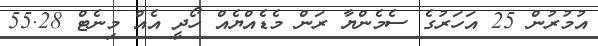
އުމުރުން 25 އަހަރުގެ ސެމެންޔާ ރަން މެޑެއްޔެއް ހޯދީ އެއް މިނެޓް 55.28